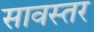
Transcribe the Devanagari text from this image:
सावस्तर